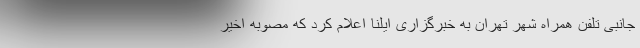
جانبی تلفن همراه شهر تهران به خبرگزاری ایلنا اعلام کرد که مصوبه اخیر